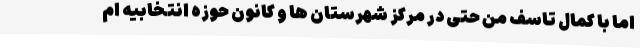
اما با کمال تاسف من حتی در مرکز شهرستان ها و کانون حوزه انتخابیه ام